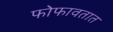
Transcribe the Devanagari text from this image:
फोफावतात